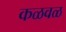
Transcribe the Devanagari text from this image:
कळवळ